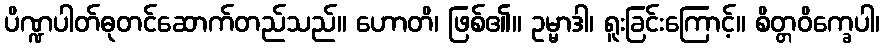
ပိဏ္ဍပါတ်ဓုတင်ဆောက်တည်သည်။ ဟောတိ၊ ဖြစ်၏။ ဥမ္မာဒါ၊ ရူးခြင်းကြောင့်။ စိတ္တဝိက္ခေပါ၊